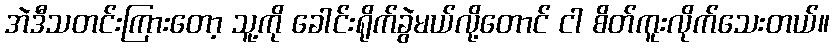
အဲဒီသတင်းကြားတော့ သူ့ကို ခေါင်းရိုက်ခွဲမယ်လို့တောင် ငါ စိတ်ကူးလိုက်သေးတယ်။